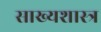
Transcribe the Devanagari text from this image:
साख्यशास्त्र